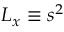
L _ { x } \equiv s ^ { 2 }